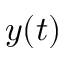
y ( t )